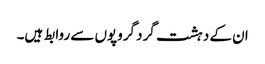
ان کے دہشت گرد گروپوں سے روابط ہیں۔